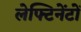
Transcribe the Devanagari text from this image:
लेफ्टिनेंटों